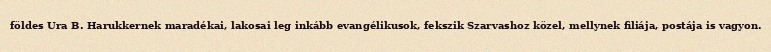
földes Ura B. Harukkernek maradékai, lakosai leg inkább evangélikusok, fekszik Szarvashoz közel, mellynek filiája, postája is vagyon.